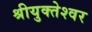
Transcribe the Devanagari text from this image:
श्रीयुक्तेश्वर